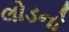
લોડનો